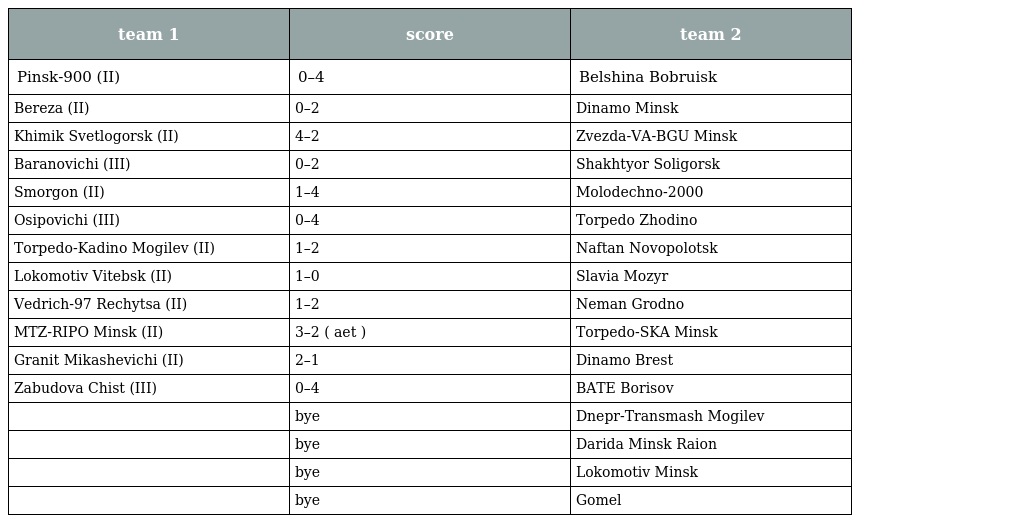
| team 1 | score | team 2 |
 | --- | --- | --- |
 | Pinsk-900 (II) | 0–4 | Belshina Bobruisk |
 | Bereza (II) | 0–2 | Dinamo Minsk |
 | Khimik Svetlogorsk (II) | 4–2 | Zvezda-VA-BGU Minsk |
 | Baranovichi (III) | 0–2 | Shakhtyor Soligorsk |
 | Smorgon (II) | 1–4 | Molodechno-2000 |
 | Osipovichi (III) | 0–4 | Torpedo Zhodino |
 | Torpedo-Kadino Mogilev (II) | 1–2 | Naftan Novopolotsk |
 | Lokomotiv Vitebsk (II) | 1–0 | Slavia Mozyr |
 | Vedrich-97 Rechytsa (II) | 1–2 | Neman Grodno |
 | MTZ-RIPO Minsk (II) | 3–2 ( aet ) | Torpedo-SKA Minsk |
 | Granit Mikashevichi (II) | 2–1 | Dinamo Brest |
 | Zabudova Chist (III) | 0–4 | BATE Borisov |
 |  | bye | Dnepr-Transmash Mogilev |
 |  | bye | Darida Minsk Raion |
 |  | bye | Lokomotiv Minsk |
 |  | bye | Gomel |